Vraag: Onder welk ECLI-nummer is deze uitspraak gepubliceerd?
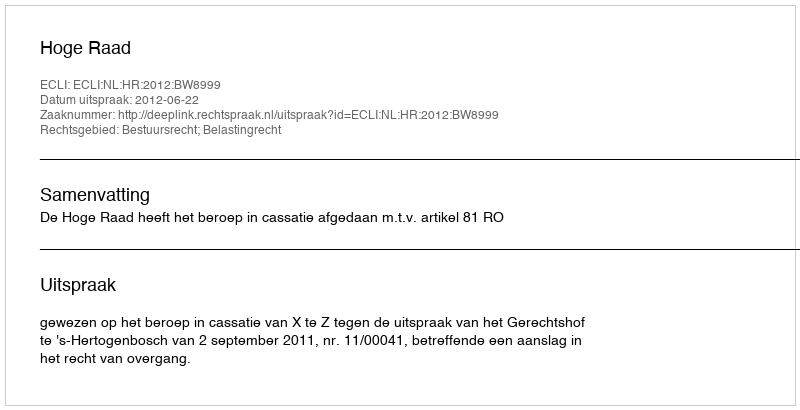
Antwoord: ECLI:NL:HR:2012:BW8999